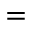
=